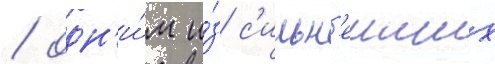
/ одн'и́м и́з с'ильн'еиших